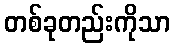
တစ်ခုတည်းကိုသာ